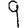
Digit: 9